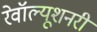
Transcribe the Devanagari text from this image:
रेवॉल्यूशनरी